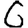
Digit: 6